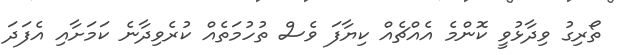
ތޯރިގު ވިދާޅުވީ ކޮންމެ އެއްޗެއް ކިޔާފަ ވެސް ތުހުމަތެއް ކުރެވިދާނެ ކަމަށާއި އެފަދަ